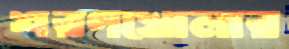
শরণখোলার